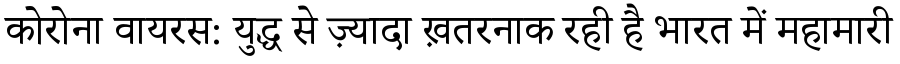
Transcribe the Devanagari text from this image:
कोरोना वायरस: युद्ध से ज़्यादा ख़तरनाक रही है भारत में महामारी